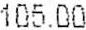
105.00